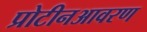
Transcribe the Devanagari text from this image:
प्रोटीनआवरण